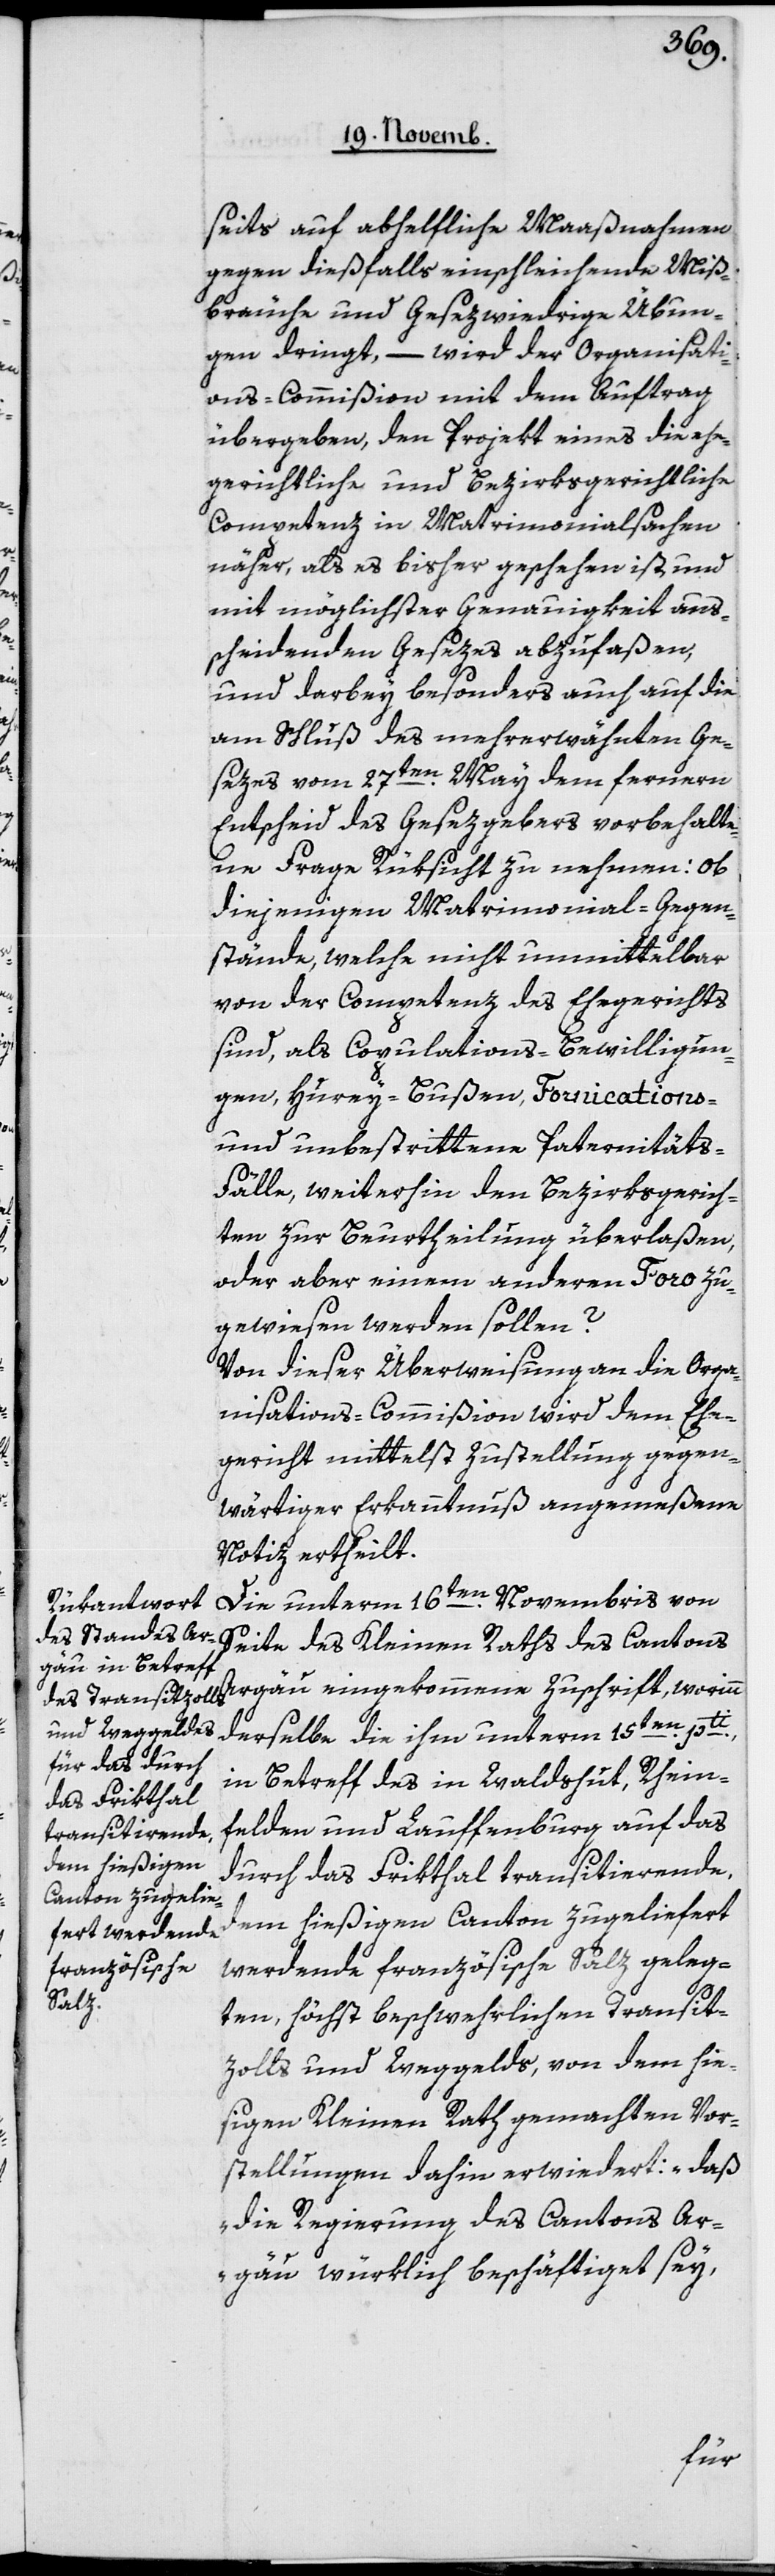
seits auf abhelfliche Maaßnahmen
gegen dießfalls einschleichende Miß¬
bräuche und gesezwidrige Übun¬
gen dringt, – wird der Organisati¬
ons-Commißion mit dem Auftrag
übergeben, den Projekt eines die ehe¬
gerichtliche und bezirksgerichtliche
Competenz in Matrimonialsachen
näher, als es bisher geschehen ist, und
mit möglichster Genauigkeit aus¬
scheidenden Gesezes abzufaßen,
und darbey besonders auch auf die
am Schluß des mehrerwähnten Ge¬
sezes vom 27ten May dem fernern
Entscheid des Gesezgebers vorbehalte¬
ne FrageRüksicht zu nehmen: ob
diejenigen Matrimonial-Gegen¬
stände, welche nicht unmittelbar
von der Competenz des Ehegerichts
sind, als Copulations-Bewilligun¬
gen, Hurey-Bußen, Fornications-
und unbestrittene Paternitäts-F¬
älle, weiterhin den Bezirksgerich¬
ten zur Beurtheilung überlaßen,
oder aber einem anderen Foro zu¬
gewiesen werden sollen?
Von dieser Überweisung an die Orga¬
nisations-Commißion wird dem Ehe¬
gericht mittelst Zustellung gegen¬
wärtiger Erkanntnuß angemeßen
Notiz ertheilt.
Die unterm 16ten Novembris von
Seite des Kleinen Raths des Cantons
Argau eingekommene Zuschrift, worinn
derselbe die ihm unterm 15ten pti
in Betreff des in Waldshut, Rhein¬
felden und Lauffenburg auf das
durch das Frikthal transitierende,
dem hießigen Canton zugeliefert
werdende französische Salz geleg¬
ten, höchst beschwehrlichen Transit¬
zolls und Weggelds, von dem hie¬
sigen Kleinen Rath gemachten Vor¬
stellungen dahin erwidert: „daß
die Regierung des Cantons Ar¬
gau würklich beschäftiget sey,